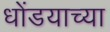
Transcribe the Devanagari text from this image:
धोंडयाच्या